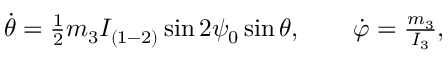
\begin{array} { r } { \dot { \theta } = \frac 1 2 m _ { 3 } I _ { ( 1 - 2 ) } \sin 2 \psi _ { 0 } \sin \theta , \qquad \dot { \varphi } = \frac { m _ { 3 } } { I _ { 3 } } , } \end{array}